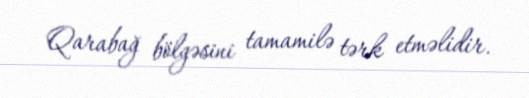
Qarabağ bölgəsini tamamilə tərk etməlidir.